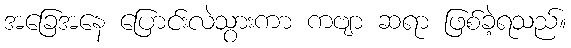
အခြေအနေ ပြောင်းလဲသွားကာ ကဗျာ ဆရာ ဖြစ်ခဲ့ရသည်။